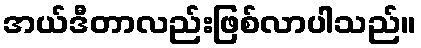
အယ်ဒီတာလည်းဖြစ်လာပါသည်။